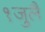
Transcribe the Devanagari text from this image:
१जुलै